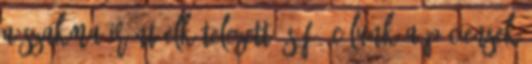
a szakma iránt elkötelezett és fő célunk a páciensek